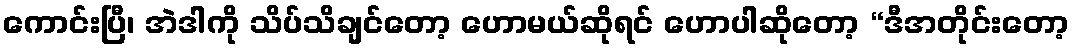
ကောင်းပြီ၊ အဲဒါကို သိပ်သိချင်တော့ ဟောမယ်ဆိုရင် ဟောပါဆိုတော့ “ဒီအတိုင်းတော့